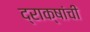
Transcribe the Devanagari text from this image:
द्राक्षांची